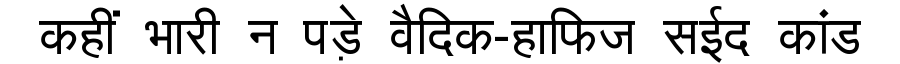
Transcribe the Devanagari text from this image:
कहीं भारी न पड़े वैदिक-हाफिज सईद कांड